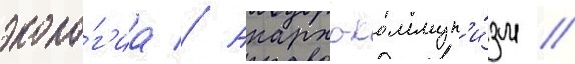
эколо́г'иа // Анархо-коммун'и́зм //